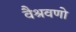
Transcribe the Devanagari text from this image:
वैश्रवणो